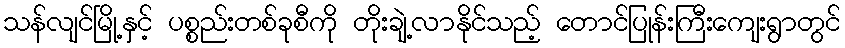
သန်လျင်မြို့နှင့် ပစ္စည်းတစ်ခုစီကို တိုးချဲ့လာနိုင်သည့် တောင်ပြုန်းကြီးကျေးရွာတွင်